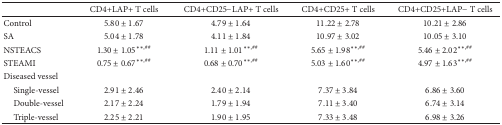
<table><thead><tr><td><b> </b></td><td><b>CD4+LAP+ T cells</b></td><td><b>CD4+CD25−LAP+ T cells</b></td><td><b>CD4+CD25+ T cells</b></td><td><b>CD4+CD25+LAP− T cells</b></td></tr></thead><tbody><tr><td>Control</td><td>5.80 ± 1.67</td><td>4.79 ± 1.64</td><td>11.22 ± 2.78</td><td>10.21 ± 2.86</td></tr><tr><td>SA</td><td>5.04 ± 1.78</td><td>4.11 ± 1.84</td><td>10.97 ± 3.02</td><td>10.05 ± 3.10</td></tr><tr><td>NSTEACS</td><td>1.30 ± 1.05<sup>∗∗,##</sup></td><td>1.11 ± 1.01<sup>∗∗,##</sup></td><td>5.65 ± 1.98<sup>∗∗,##</sup></td><td>5.46 ± 2.02<sup>∗∗,##</sup></td></tr><tr><td>STEAMI</td><td>0.75 ± 0.67<sup>∗∗,##</sup></td><td>0.68 ± 0.70<sup>∗∗,##</sup></td><td>5.03 ± 1.60<sup>∗∗,##</sup></td><td>4.97 ± 1.63<sup>∗∗,##</sup></td></tr><tr><td>Diseased vessel </td><td> </td><td> </td><td> </td><td> </td></tr><tr><td> Single-vessel</td><td>2.91 ± 2.46</td><td>2.40 ± 2.14</td><td>7.37 ± 3.84</td><td>6.86 ± 3.60</td></tr><tr><td> Double-vessel</td><td>2.17 ± 2.24</td><td>1.79 ± 1.94</td><td>7.11 ± 3.40</td><td>6.74 ± 3.14</td></tr><tr><td> Triple-vessel</td><td>2.25 ± 2.21</td><td>1.90 ± 1.95</td><td>7.33 ± 3.48</td><td>6.98 ± 3.26</td></tr></tbody></table>